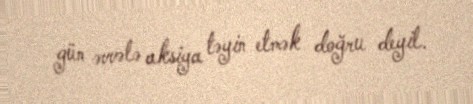
gün əvvələ aksiya təyin etmək doğru deyil.